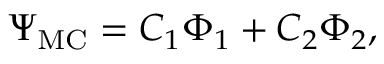
\Psi _ { \mathrm { M C } } = C _ { 1 } \Phi _ { 1 } + C _ { 2 } \Phi _ { 2 } ,